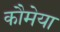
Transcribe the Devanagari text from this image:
कौमेया